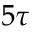
5 \tau